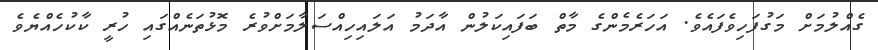
ގެއްލުމަށް މަގުފަހިވެފައެވެ. އަހަރެމެންގެ މާތް ބަފައިކަލުން އާދަމު އަލައިހިއްސަލާމަށްވުރެ މޮޅުތަނެއްގައި ހުރީ ކާކުހެއްޔެވެ